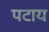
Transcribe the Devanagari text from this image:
पटाय